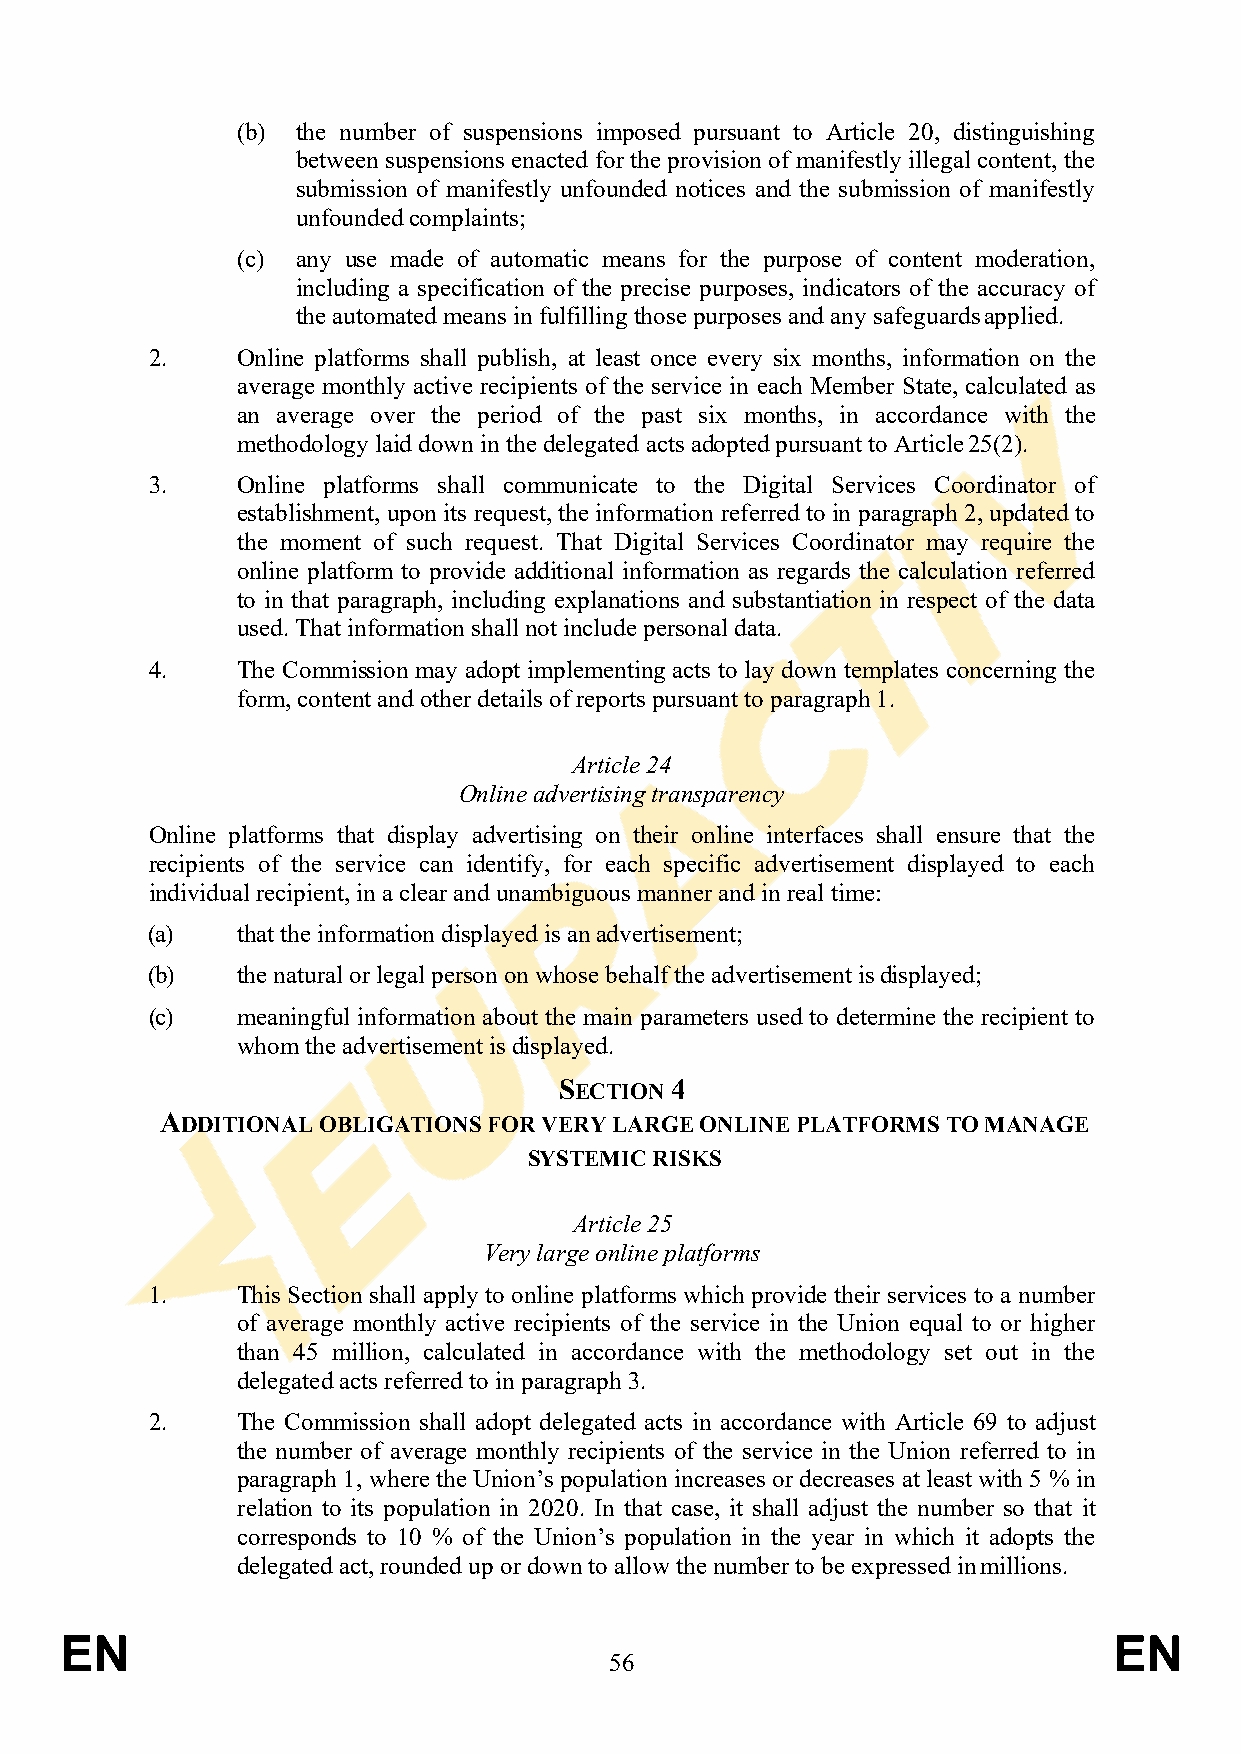
(b) the number of suspensions imposed pursuant to Article 20, distinguishing
 between suspensions enacted for the provision of manifestly illegal content, the
 submission of manifestly unfounded notices and the submission of manifestly
 unfounded complaints;
 (c) any use made of automatic means for the purpose of content moderation,
 including a specification of the precise purposes, indicators of the accuracy of
 the automated means in fulfilling those purposes and any safeguards applied.
 2.    Online platforms shall publish, at least once every six months, information on the
 average monthly active recipients of the service in each Member State, calculated as
 an average over the period of the past six months, in accordance with the
 methodology laid down in the delegated acts adopted pursuant to Article 25(2).
 3.    Online platforms shall communicate to the Digital Services Coordinator of
 establishment, upon its request, the information referred to in paragraph 2, updated to
 the moment of such request. That Digital Services Coordinator may require the
 online platform to provide additional information as regards the calculation referred
 to in that paragraph, including explanations and substantiation in respect of the data
 used. That information shall not include personal data.
 4.    The Commission may adopt implementing acts to lay down templates concerning the
 form, content and other details of reports pursuant to paragraph 1.
 Article 24
 Online advertising transparency
 Online platforms that display advertising on their online interfaces shall ensure that the
 recipients of the service can identify, for each specific advertisement displayed to each
 individual recipient, in a clear and unambiguous manner and in real time:
 (a)   that the information displayed is an advertisement;
 (b)   the natural or legal person on whose behalf the advertisement is displayed;
 (c)   meaningful information about the main parameters used to determine the recipient to
 whom the advertisement is displayed.
 SECTION 4
 ADDITIONAL OBLIGATIONS FOR VERY LARGE ONLINE PLATFORMS TO MANAGE
 SYSTEMIC RISKS
 Article 25
 Very large online platforms
 1.    This Section shall apply to online platforms which provide their services to a number
 of average monthly active recipients of the service in the Union equal to or higher
 than 45 million, calculated in accordance with the methodology set out in the
 delegated acts referred to in paragraph 3.
 2.    The Commission shall adopt delegated acts in accordance with Article 69 to adjust
 the number of average monthly recipients of the service in the Union referred to in
 paragraph 1, where the Union’s population increases or decreases at least with 5 % in
 relation to its population in 2020. In that case, it shall adjust the number so that it
 corresponds to 10 % of the Union’s population in the year in which it adopts the
 delegated act, rounded up or down to allow the number to be expressed in millions.
 EN                                                                    EN
 56